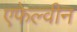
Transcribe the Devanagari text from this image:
एफेल्वीन